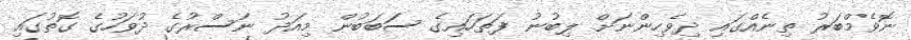
ނޮވެމްބަރު ތިނެއްގައި ދިވެހިންނަށް ލިބުނު ފަތަހައިގެ ސަބަބުން މިއަދު ނަސްރުގެ ދުވަހުގެ ގޮތުގައި